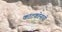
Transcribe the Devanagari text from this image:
काटकोनाची